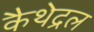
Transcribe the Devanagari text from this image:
कैथेद्रल